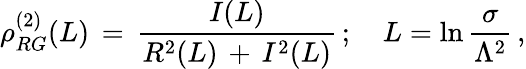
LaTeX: \rho_{RG}^{(2)}(L)\, =\, \frac{I(L)}{R^{2}(L)\, +\, I^{2}(L)}\, ;\quad L=\ln\frac{\sigma}{\Lambda^{2}}\, ,